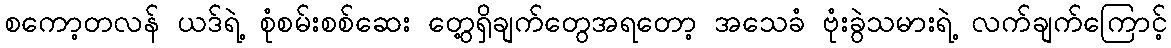
စကော့တလန် ယဒ်ရဲ့ စုံစမ်းစစ်ဆေး တွေ့ရှိချက်တွေအရတော့ အသေခံ ဗုံးခွဲသမားရဲ့ လက်ချက်ကြောင့်